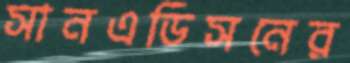
সানএডিসনের